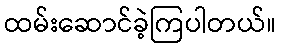
ထမ်းဆောင်ခဲ့ကြပါတယ်။